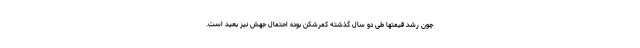
چون رشد قیمتها طی دو سال گذشته کمرشکن بوده احتمال جهش نیز بعید است.